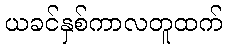
ယခင်နှစ်ကာလတူထက်